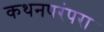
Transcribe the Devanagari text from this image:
कथनपरंपरा